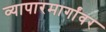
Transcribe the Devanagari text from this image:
व्यापारमार्गांवर